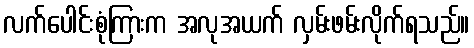
လက်ပေါင်းစုံကြားက အလုအယက် လှမ်းဖမ်းလိုက်ရသည်။